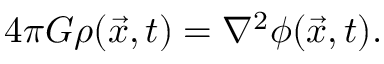
4 \pi G \rho ( { \vec { x } } , t ) = \nabla ^ { 2 } \phi ( { \vec { x } } , t ) .